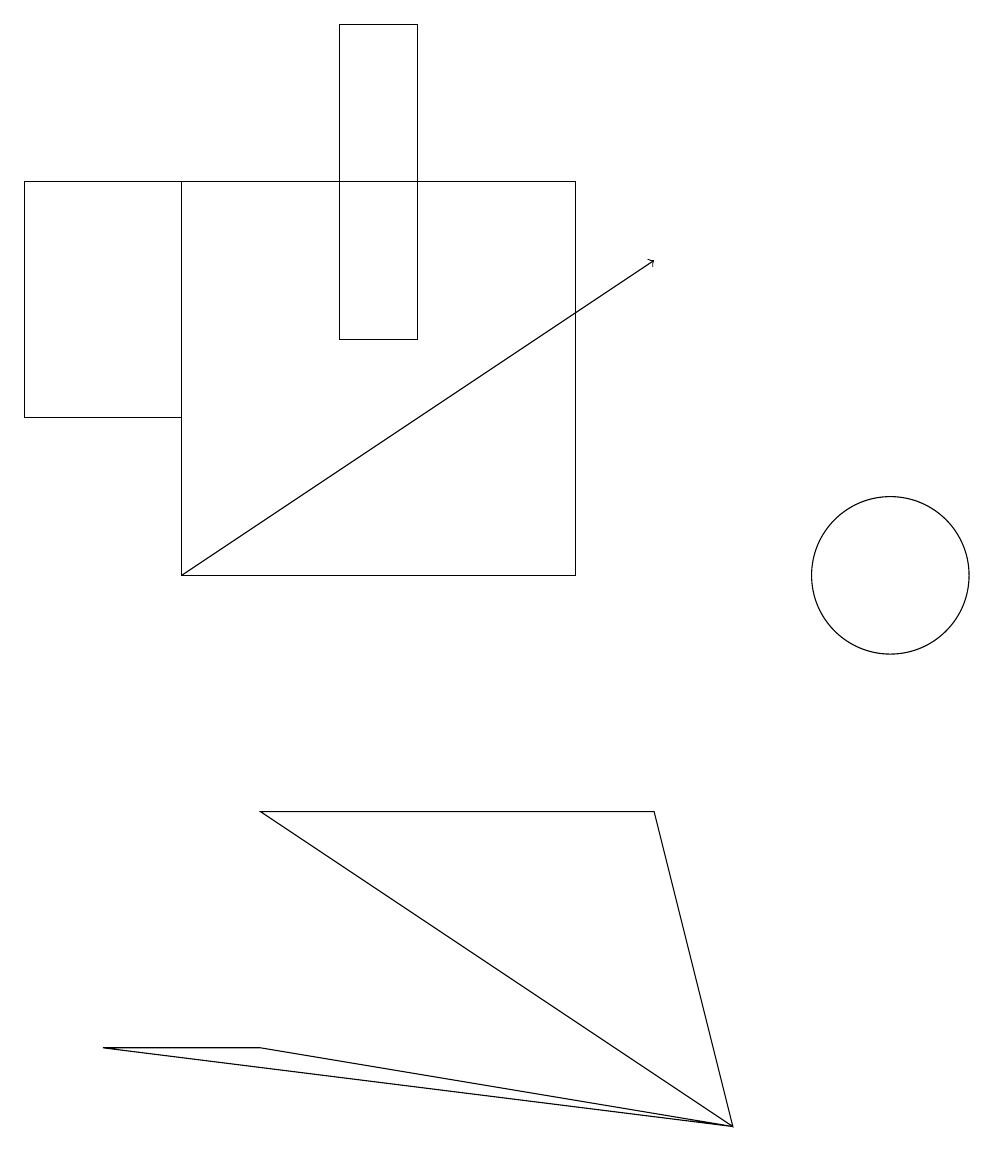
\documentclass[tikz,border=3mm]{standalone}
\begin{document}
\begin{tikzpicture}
\draw (5,18) rectangle (4,14);
\draw (3,5) -- (1,5) -- (9,4) -- cycle;
\draw (0,13) rectangle (2,16);
\draw (10,10) circle (0);
\draw[->] (2,11) -- (8,15);
\draw (2,16) rectangle (7,11);
\draw (11,11) circle (1);
\draw (9,4) -- (8,8) -- (3,8) -- cycle;
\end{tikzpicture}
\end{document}